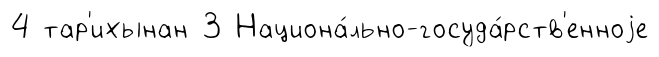
4 тар'ихынан 3 Национа́льно-госуда́рств'енноjе